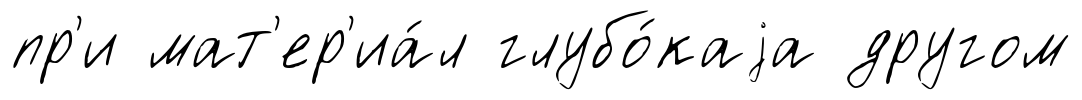
пр'и мат'ер'иа́л глубо́каjа другом